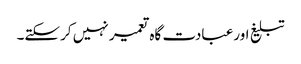
تبلیغ اورعبادت گاہ تعمیر نہیں کرسکتے۔